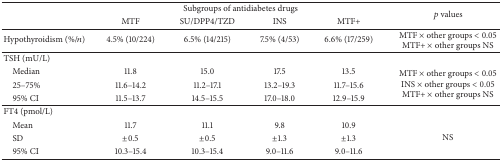
<table><thead><tr><td><b> </b></td><td colspan="4"><b>Subgroups of antidiabetes drugs</b></td><td rowspan="2"><b><i>p</i> values</b></td></tr><tr><td><b> </b></td><td><b>MTF</b></td><td><b>SU/DPP4/TZD</b></td><td><b>INS</b></td><td><b>MTF+</b></td></tr></thead><tbody><tr><td>Hypothyroidism (%/<i>n</i>)</td><td>4.5% (10/224)</td><td>6.5% (14/215)</td><td>7.5% (4/53)</td><td>6.6% (17/259)</td><td>MTF × other groups &lt; 0.05MTF+ × other groups NS</td></tr><tr><td>TSH (mU/L)</td><td> </td><td> </td><td> </td><td> </td><td> </td></tr><tr><td> Median</td><td>11.8</td><td>15.0</td><td>17.5</td><td>13.5</td><td rowspan="3">MTF × other groups &lt; 0.05INS × other groups &lt; 0.05MTF+ × other groups NS</td></tr><tr><td> 25–75%</td><td>11.6–14.2</td><td>11.2–17.1</td><td>13.2–19.3</td><td>11.7–15.6</td></tr><tr><td> 95% CI</td><td>11.5–13.7</td><td>14.5–15.5</td><td>17.0–18.0</td><td>12.9–15.9</td></tr><tr><td>FT4 (pmol/L)</td><td> </td><td> </td><td> </td><td> </td><td> </td></tr><tr><td> Mean</td><td>11.7</td><td>11.1</td><td>9.8</td><td>10.9</td><td rowspan="3">NS</td></tr><tr><td> SD</td><td>±0.5</td><td>±0.5</td><td>±1.3</td><td>±1.3</td></tr><tr><td> 95% CI</td><td>10.3–15.4</td><td>10.3–15.4</td><td>9.0–11.6</td><td>9.0–11.6</td></tr></tbody></table>